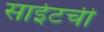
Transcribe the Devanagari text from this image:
साईटची